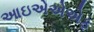
આઇએએએફ